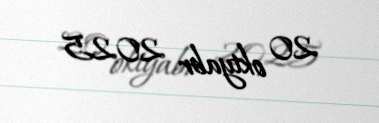
20 oktyabr 2025